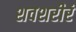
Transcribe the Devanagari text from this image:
शवशरीरं